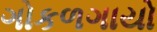
ગોકળગાયો